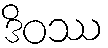
ဒိဝဿ